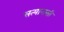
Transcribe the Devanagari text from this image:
सत्यानासी